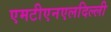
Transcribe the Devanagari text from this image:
एमटीएनएलदिल्ली